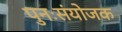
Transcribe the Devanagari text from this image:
पुनःसंयोजक